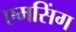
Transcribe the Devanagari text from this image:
एमसिंग